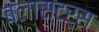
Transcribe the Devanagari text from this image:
ब्लास्टर्स